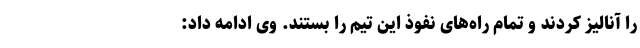
را آنالیز کردند و تمام راه‌های نفوذ این تیم را بستند. وی ادامه داد: